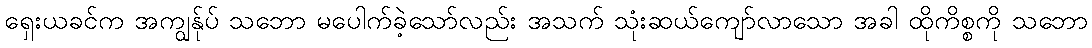
ရှေးယခင်က အကျွန်ုပ် သဘော မပေါက်ခဲ့သော်လည်း အသက် သုံးဆယ်ကျော်လာသော အခါ ထိုကိစ္စကို သဘော